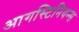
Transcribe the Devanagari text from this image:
आगस्टिनियन्स